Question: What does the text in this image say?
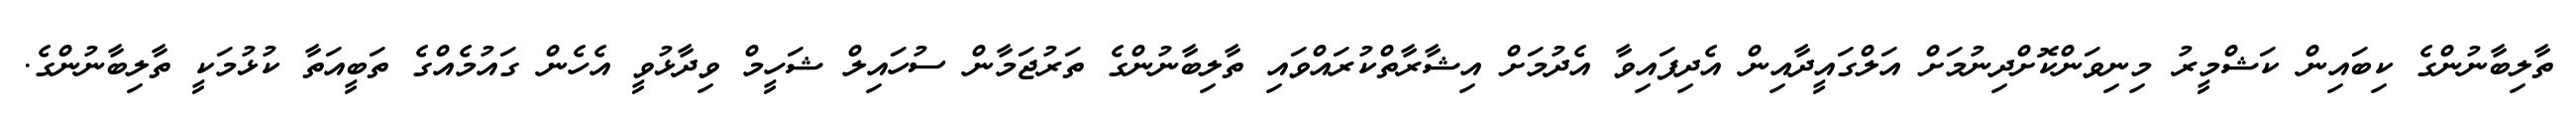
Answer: ތާލިބާނުންގެ ކިބައިން ކަޝްމީރު މިނިވަންކޮށްދިނުމަށް އަލްގައީދާއިން އެދިފައިވާ އެދުމަށް އިޝާރާތްކުރައްވައި ތާލިބާނުންގެ ތަރުޖަމާން ސުހައިލް ޝަހީމް ވިދާޅުވީ އެހެން ގައުމެއްގެ ތަބީއަތާ ކުޅުމަކީ ތާލިބާނުންގެ.